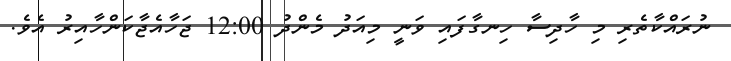
ނުރައްކާތެރި މި ހާދިސާ ހިނގާފައި ވަނީ މިއަދު މެންދު 12:00 ޖަހާއެޖާކަންހާއިރު އެވެ.